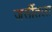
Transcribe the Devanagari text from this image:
जर्सीतला